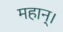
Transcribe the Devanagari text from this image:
महान्‌।